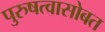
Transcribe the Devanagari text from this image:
पुरुषत्वासोबत